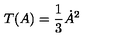
T ( A ) = { \frac { 1 } { 3 } } \dot { A } ^ { 2 }